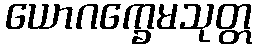
ယောဂက္ခေမသုတ္တ